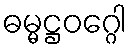
ဓမ္မဋ္ဌဝဂ္ဂေါ